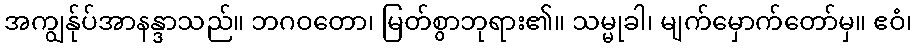
အကျွန်ုပ်အာနန္ဒာသည်။ ဘဂဝတော၊ မြတ်စွာဘုရား၏။ သမ္မုခါ၊ မျက်မှောက်တော်မှ။ ဧဝံ၊